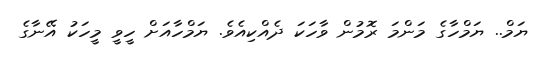
ޔަމް.. ޔަމްހާގެ މަންމަ ރޮމުން ވާހަކަ ދެއްކިއެވެ. ޔަމްހާއަށް ހީވީ މީހަކު އޭނާގެ